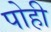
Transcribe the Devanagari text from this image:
पोही